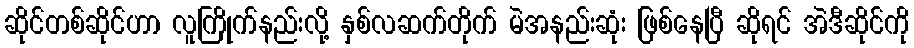
ဆိုင်တစ်ဆိုင်ဟာ လူကြိုက်နည်းလို့ နှစ်လဆက်တိုက် မဲအနည်းဆုံး ဖြစ်နေပြီ ဆိုရင် အဲဒီဆိုင်ကို